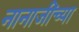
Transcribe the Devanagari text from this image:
नानाजींच्या